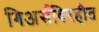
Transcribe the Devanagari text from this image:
गिअर्सविरहीत